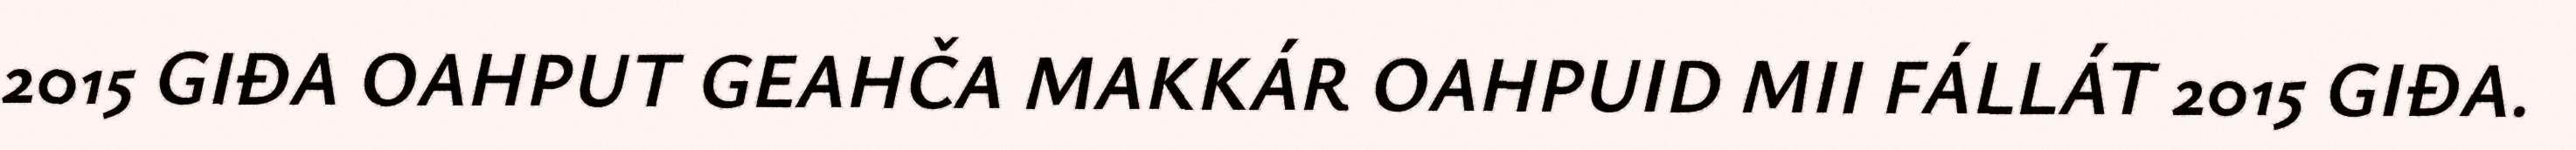
2015 GIĐA OAHPUT GEAHČA MAKKÁR OAHPUID MII FÁLLÁT 2015 GIĐA.